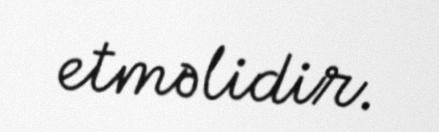
etməlidir.